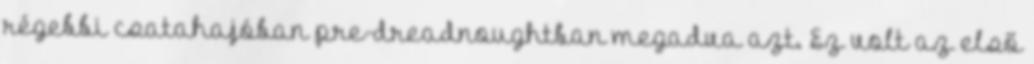
régebbi csatahajóban pre-dreadnoughtban megadva azt. Ez volt az első